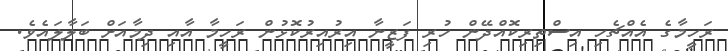
ރަހީމާގެ އެއްޗެހި އިސްތިރިކޮއްދޭން ހުރި ފަޒީނާ އިރުއިރުކޮޅުން ރަހީމާ އާއި ދިމާއަށް ބަލާލައެވެ.